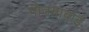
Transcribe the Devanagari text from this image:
गौतमाबाई